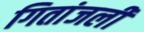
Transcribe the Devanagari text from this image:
गितांजली